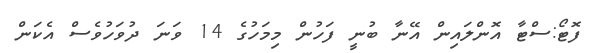
ފޮޓޯ:ސްޓާ އޮންލައިން އޭނާ ބުނީ ފަހުން މިމަހުގެ 14 ވަނަ ދުވަހުވެސް އެކަން